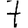
Digit: 7